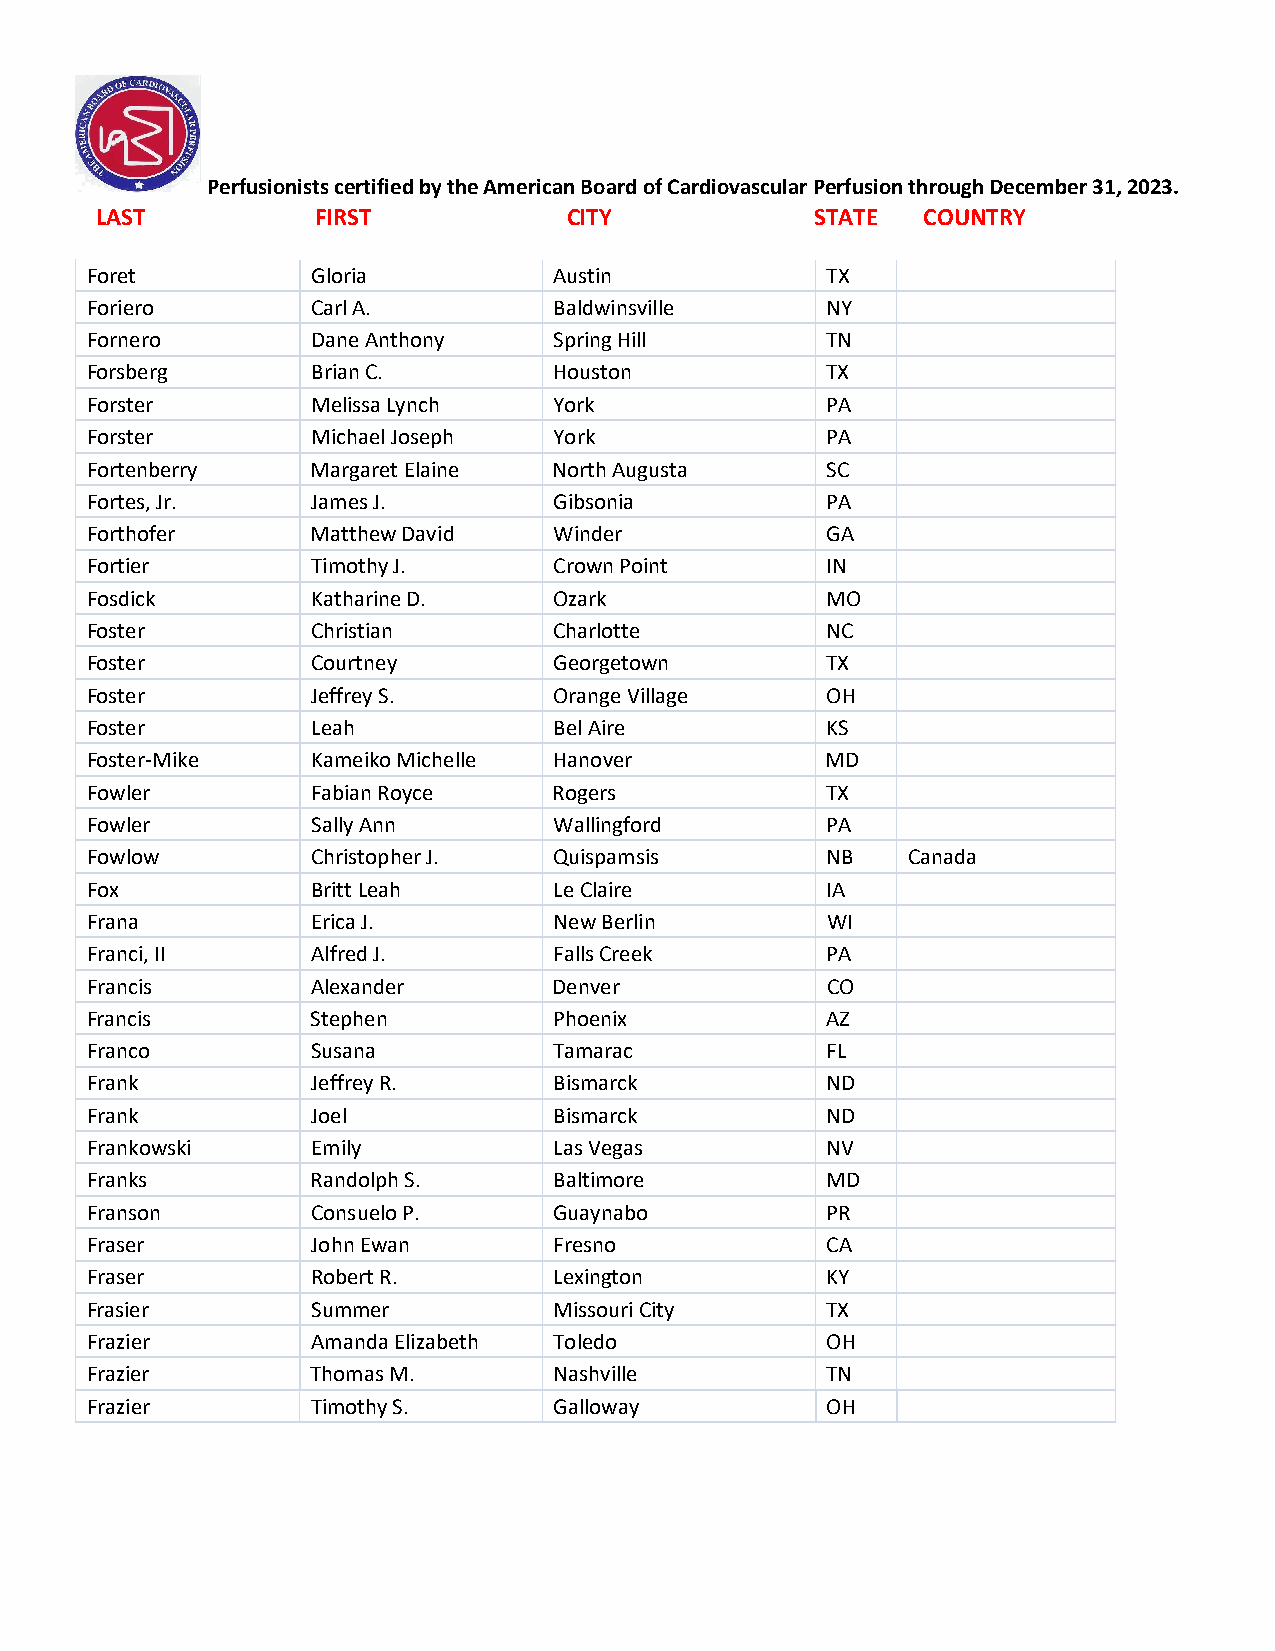
Perfusionists certified by the American Board of Cardiovascular Perfusion through December 31, 2023.
 LAST           FIRST            CITY            STATE  COUNTRY
 Foret          Gloria          Austin            TX
 Foriero        Carl A.         Baldwinsville     NY
 Fornero        Dane Anthony    Spring Hill       TN
 Forsberg       Brian C.        Houston           TX
 Forster        Melissa Lynch   York              PA
 Forster        Michael Joseph  York              PA
 Fortenberry    Margaret Elaine North Augusta     SC
 Fortes, Jr.    James J.        Gibsonia          PA
 Forthofer      Matthew David   Winder            GA
 Fortier        Timothy J.      Crown Point       IN
 Fosdick        Katharine D.    Ozark             MO
 Foster         Christian       Charlotte         NC
 Foster         Courtney        Georgetown        TX
 Foster         Jeffrey S.      Orange Village    OH
 Foster         Leah            Bel Aire          KS
 Foster-Mike    Kameiko Michelle Hanover          MD
 Fowler         Fabian Royce    Rogers            TX
 Fowler         Sally Ann       Wallingford       PA
 Fowlow         Christopher J.  Quispamsis        NB   Canada
 Fox            Britt Leah      Le Claire         IA
 Frana          Erica J.        New Berlin        WI
 Franci, II     Alfred J.       Falls Creek       PA
 Francis        Alexander       Denver            CO
 Francis        Stephen         Phoenix           AZ
 Franco         Susana          Tamarac           FL
 Frank          Jeffrey R.      Bismarck          ND
 Frank          Joel            Bismarck          ND
 Frankowski     Emily           Las Vegas         NV
 Franks         Randolph S.     Baltimore         MD
 Franson        Consuelo P.     Guaynabo          PR
 Fraser         John Ewan       Fresno            CA
 Fraser         Robert R.       Lexington         KY
 Frasier        Summer          Missouri City     TX
 Frazier        Amanda Elizabeth Toledo           OH
 Frazier        Thomas M.       Nashville         TN
 Frazier        Timothy S.      Galloway          OH